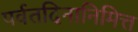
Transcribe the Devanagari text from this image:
पर्वतदिनानिमित्त